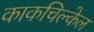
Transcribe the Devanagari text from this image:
काकचिल्केल